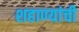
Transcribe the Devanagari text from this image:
शहाण्यांची